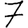
Digit: 7